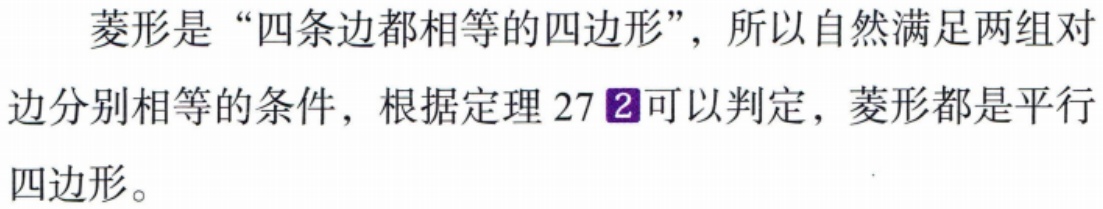
菱形是“四条边都相等的四边形”，所以自然满足两组对边分别相等的条件，根据定理 \(27\) \textcircled{2}可以判定，菱形都是平行四边形。